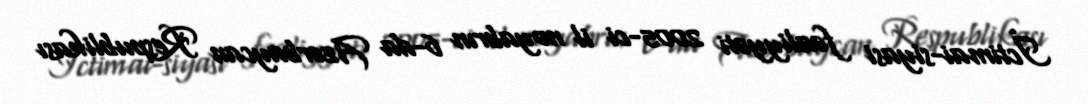
İctimai-siyasi fəaliyyəti 2005-ci il noyabrın 6-da Azərbaycan Respublikası